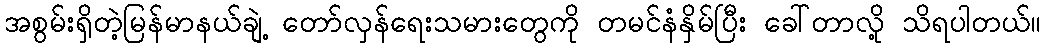
အစွမ်းရှိတဲ့မြန်မာနယ်ချဲ့ တော်လှန်ရေးသမားတွေကို တမင်နံနှိမ်ပြီး ခေါ်တာလို့ သိရပါတယ်။